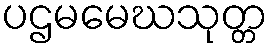
ပဌမမေဃသုတ္တ